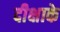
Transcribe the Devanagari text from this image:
दीक्षाके